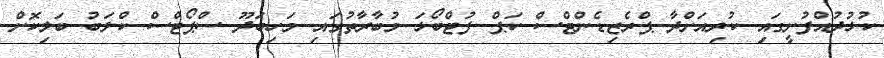
ކުޅުދުއްފުށީގައި ކުރިއަށްދާ ޕްރެޒިޑެންޓްސް ކަޕް ފުޓްބޯޅަ މުބާރާތުގައި މަހިބަދޫ ސްޕޯޓްސް ކްލަބު ބަލިކޮށް